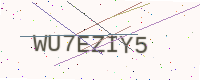
Text: WU7EZIY5